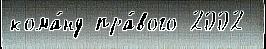
кома́нд пра́вого 2002